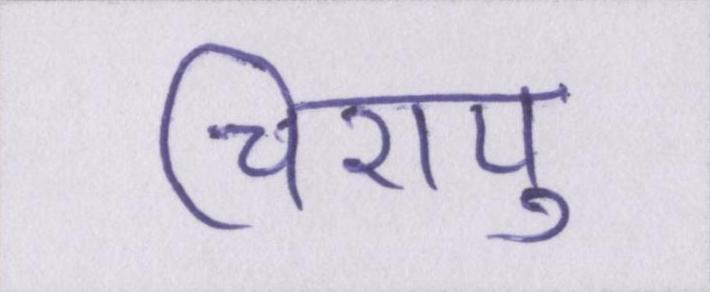
चिरायु